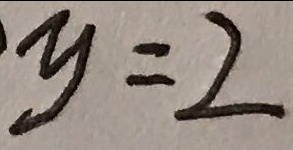
y = 2